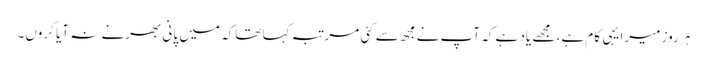
ہر روز میرا یہی کام ہے، مجھے یاد ہے کہ آپ نے مجھ سے کئی مرتبہ کہا تھاکہ میں پانی بھرنے نہ آیا کروں۔